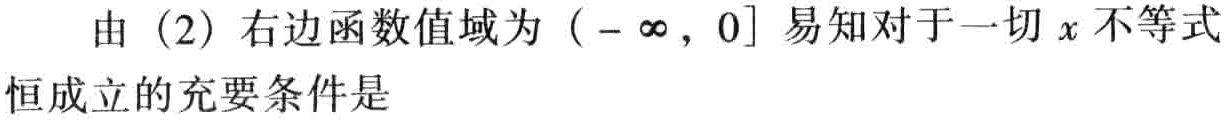
由（2）右边函数值域为\((-\infty,0]\)易知对于一切\(x\)不等式恒成立的充要条件是